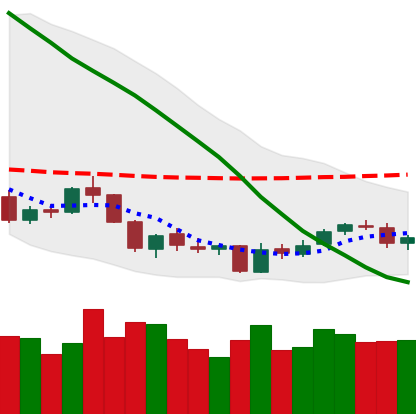
Ticker: NEO-USD
Chart end date: 2018-06-05
Forward return: -16.059%
Label: down_7plus